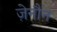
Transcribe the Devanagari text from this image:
ज़ेनौन